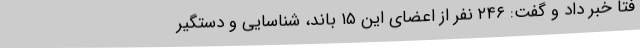
فتا خبر داد و گفت: ۲۴۶ نفر از اعضای این ۱۵ باند، شناسایی و دستگیر